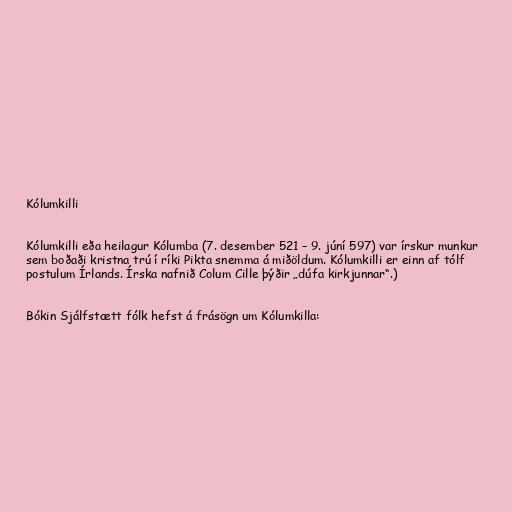
Kólumkilli

Kólumkilli eða heilagur Kólumba (7. desember 521 – 9. júní 597) var írskur munkur
sem boðaði kristna trú í ríki Pikta snemma á miðöldum. Kólumkilli er einn af tólf
postulum Írlands. Írska nafnið Colum Cille þýðir „dúfa kirkjunnar“.)

Bókin Sjálfstætt fólk hefst á frásögn um Kólumkilla: